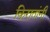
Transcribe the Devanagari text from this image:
किरातांनी